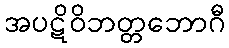
အပဋိဝိဘတ္တဘောဂီ